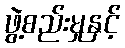
ဖွဲ့စည်းမှုနှင့်